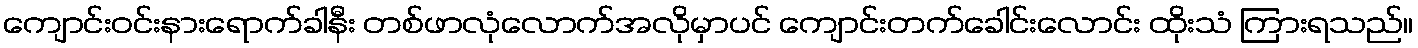
ကျောင်းဝင်းနားရောက်ခါနီး တစ်ဖာလုံလောက်အလိုမှာပင် ကျောင်းတက်ခေါင်းလောင်း ထိုးသံ ကြားရသည်။